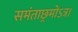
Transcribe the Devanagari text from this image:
समंताछ्रमोऽत्र।